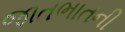
જાતભાતની